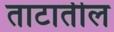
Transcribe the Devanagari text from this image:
ताटातील